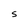
Character: S